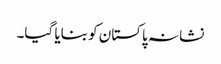
نشانہ پاکستان کو بنایا گیا۔